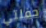
حفلتي